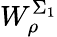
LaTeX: W_{\rho}^{\Sigma_{1}}